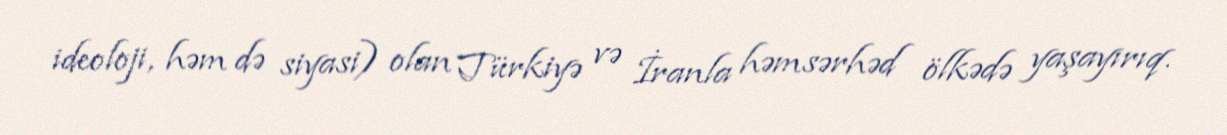
ideoloji, həm də siyasi) olan Türkiyə və İranla həmsərhəd ölkədə yaşayırıq.